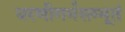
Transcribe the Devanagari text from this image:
धरणीगर्भसम्भूतं